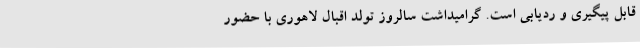
قابل پیگیری و ردیابی است. گرامیداشت سالروز تولد اقبال لاهوری با حضور